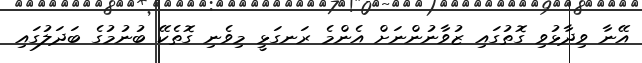
އޭނާ ވިދާޅުވި ގޮތުގައި ޒުވާނުންނަށް އެންމެ ރަނގަޅީ މިވެނި ގޮތެކޭ ބުނުމުގެ ބަދަލުގައި